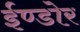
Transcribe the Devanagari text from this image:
ईण्डोर